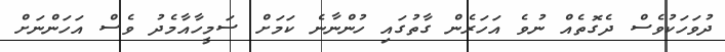
ދުވަހަކުވެސް ދެގޮތެއް ނުވެ އަހަރެން ގާތުގައި ހުންނާނެ ކަމަށް ސަމީހާއާމެދު ވެސް އަހަންނަށް